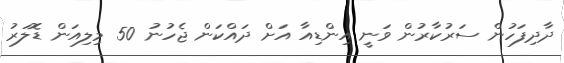
ދާދިފަހުން ސަރުކާރުން ވަނީ އިންޑިއާ އަށް ދައްކަން ޖެހުނު 50 މިލިއަން ޑޮލަރު